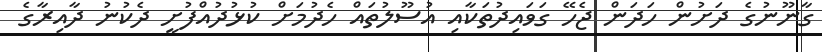
ގާނޫނުގެ ދަށުން ހަދަން ޖެހޭ ގަވައިދުތަކާއި އުސޫލުތައް ހެދުމަށް ކުޅުދުއްފުށީ ދެކުނު ދާއިރާގެ